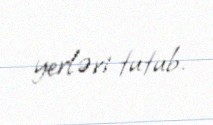
yerləri tutub.